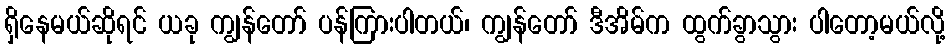
ရှိနေမယ်ဆိုရင် ယခု ကျွန်တော် ပန်ကြားပါတယ်၊ ကျွန်တော် ဒီအိမ်က ထွက်ခွာသွား ပါတော့မယ်လို့